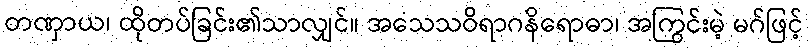
တဏှာယ၊ ထိုတပ်ခြင်း၏သာလျှင်။ အသေသဝိရာဂနိရောဓာ၊ အကြွင်းမဲ့ မဂ်ဖြင့်